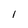
Character: 1